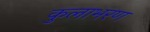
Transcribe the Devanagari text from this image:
कुलाभरण